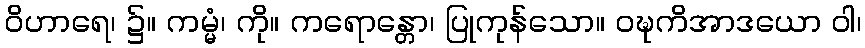
ဝိဟာရေ၊ ၌။ ကမ္မံ၊ ကို။ ကရောန္တော၊ ပြုကုန်သော။ ဝဍ္ဎကိအာဒယော ဝါ၊